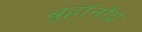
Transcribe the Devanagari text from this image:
बुर्हानोव